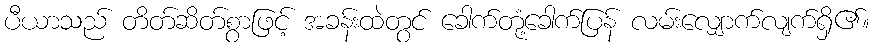
ပီယာသည် တိတ်ဆိတ်စွာဖြင့် အခန်းထဲတွင် ခေါက်တုံ့ခေါက်ပြန် လမ်းလျှောက်လျက်ရှိ၏။